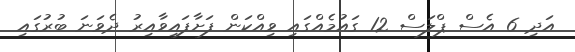
އަދި 6 އެސް ޕްލަސް 12 ގައުމެއްގައި ވިއްކަން ފަށާފައިވާއިރު ދެވަނަ ބުރުގައި